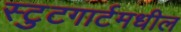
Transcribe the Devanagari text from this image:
स्टुटगार्टमधील